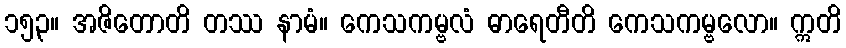
၁၅၃။ အဇိတောတိ တဿ နာမံ။ ကေသကမ္ဗလံ ဓာရေတီတိ ကေသကမ္ဗလော။ ဣတိ